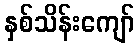
နှစ်သိန်းကျော်